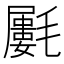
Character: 𣰝